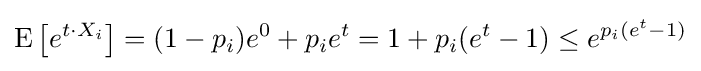
\operatorname {E} \left[e^{t\cdot X_{i}}\right]=(1-p_{i})e^{0}+p_{i}e^{t}=1+p_{i}(e^{t}-1)\leq e^{p_{i}(e^{t}-1)}